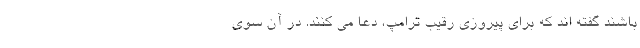
باشند گفته اند که برای پیروزی رقیب ترامپ، دعا می کنند. در آن سوی